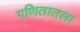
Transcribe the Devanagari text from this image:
गणितातला